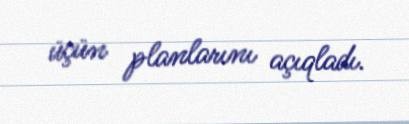
üçün planlarını açıqladı.